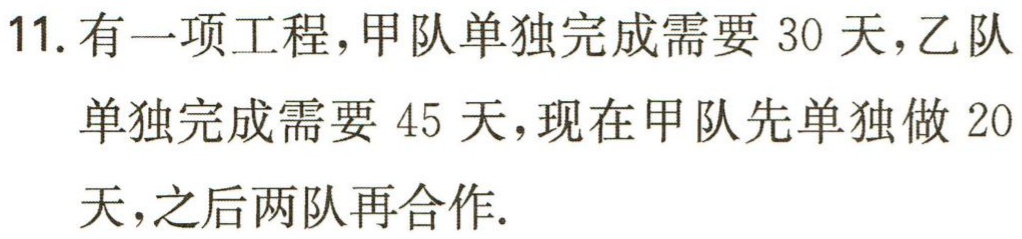
11. 有一项工程，甲队单独完成需要 30 天，乙队单独完成需要 45 天，现在甲队先单独做 20 天，之后两队再合作.